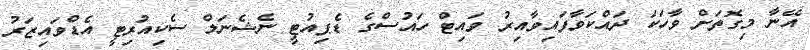
އޭނާ މިގޮތަށް ވާހަކަ ދައްކަވާފައިވާއިރު ވައިޓް ހައުސްގެ ޑެޕިއުޓީ ނެޝެނަލް ސެކިއުރިޓީ އެޑްވައިޒަރު